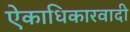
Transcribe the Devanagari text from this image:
ऐकाधिकारवादी